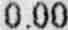
0.00